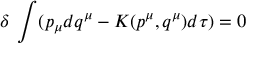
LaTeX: \delta \; \int ( p _ { \mu } d q ^ { \mu } - K ( p ^ { \mu } , q ^ { \mu } ) d \tau ) = 0